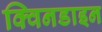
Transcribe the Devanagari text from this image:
क्विनडाइन